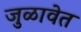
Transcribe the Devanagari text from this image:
जुळावेत